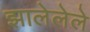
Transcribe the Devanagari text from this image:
झालेलेले